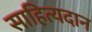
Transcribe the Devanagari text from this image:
साहित्यदान